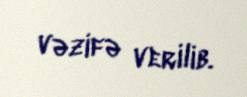
vəzifə verilib.